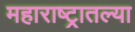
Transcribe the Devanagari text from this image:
महाराष्‍ट्रातल्या